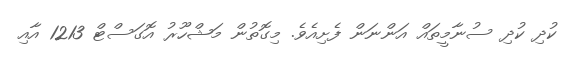
ކުދި ކުދި ސުނާމީތައް އަންނަން ފެށިއެވެ. މިގޮތުން މަޝްހޫރު އޮގަސްޓް 1213 އާއި